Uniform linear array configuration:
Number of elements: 16
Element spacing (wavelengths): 0.75
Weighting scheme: hamming
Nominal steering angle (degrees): -60
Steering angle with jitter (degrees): -58.39
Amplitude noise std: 0.05
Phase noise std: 0.05

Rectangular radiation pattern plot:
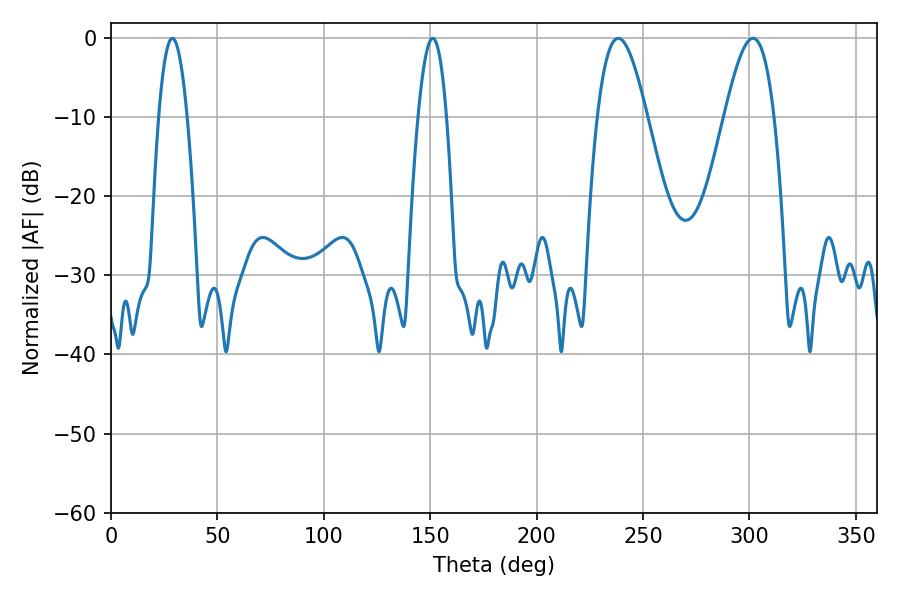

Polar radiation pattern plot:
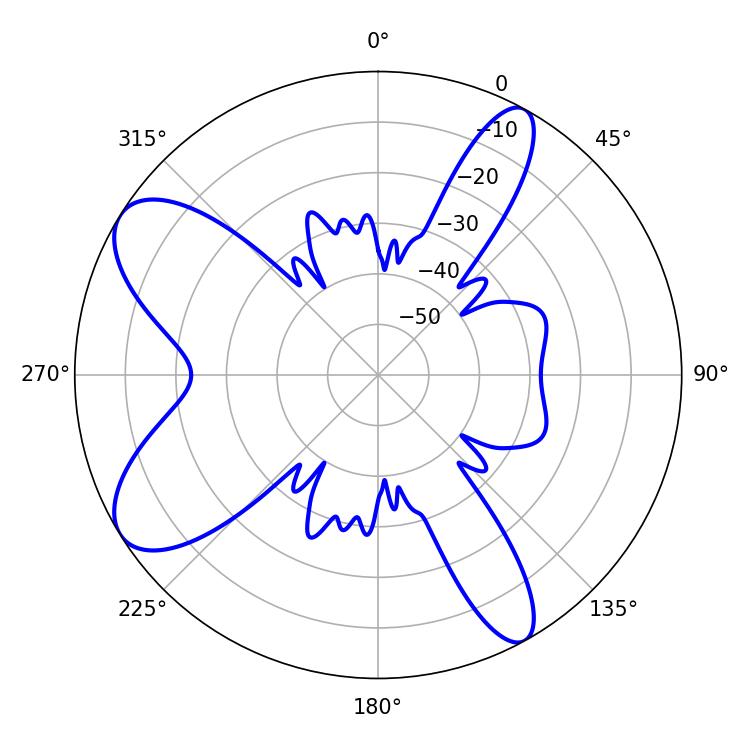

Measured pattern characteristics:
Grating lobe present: TRUE
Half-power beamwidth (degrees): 12.6
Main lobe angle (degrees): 238.32